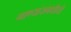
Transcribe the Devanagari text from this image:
गाण्यांसंबंधीची